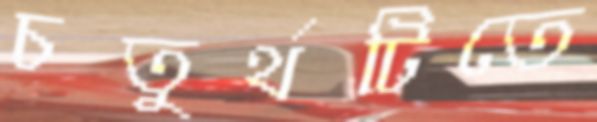
চতুর্থটিতে